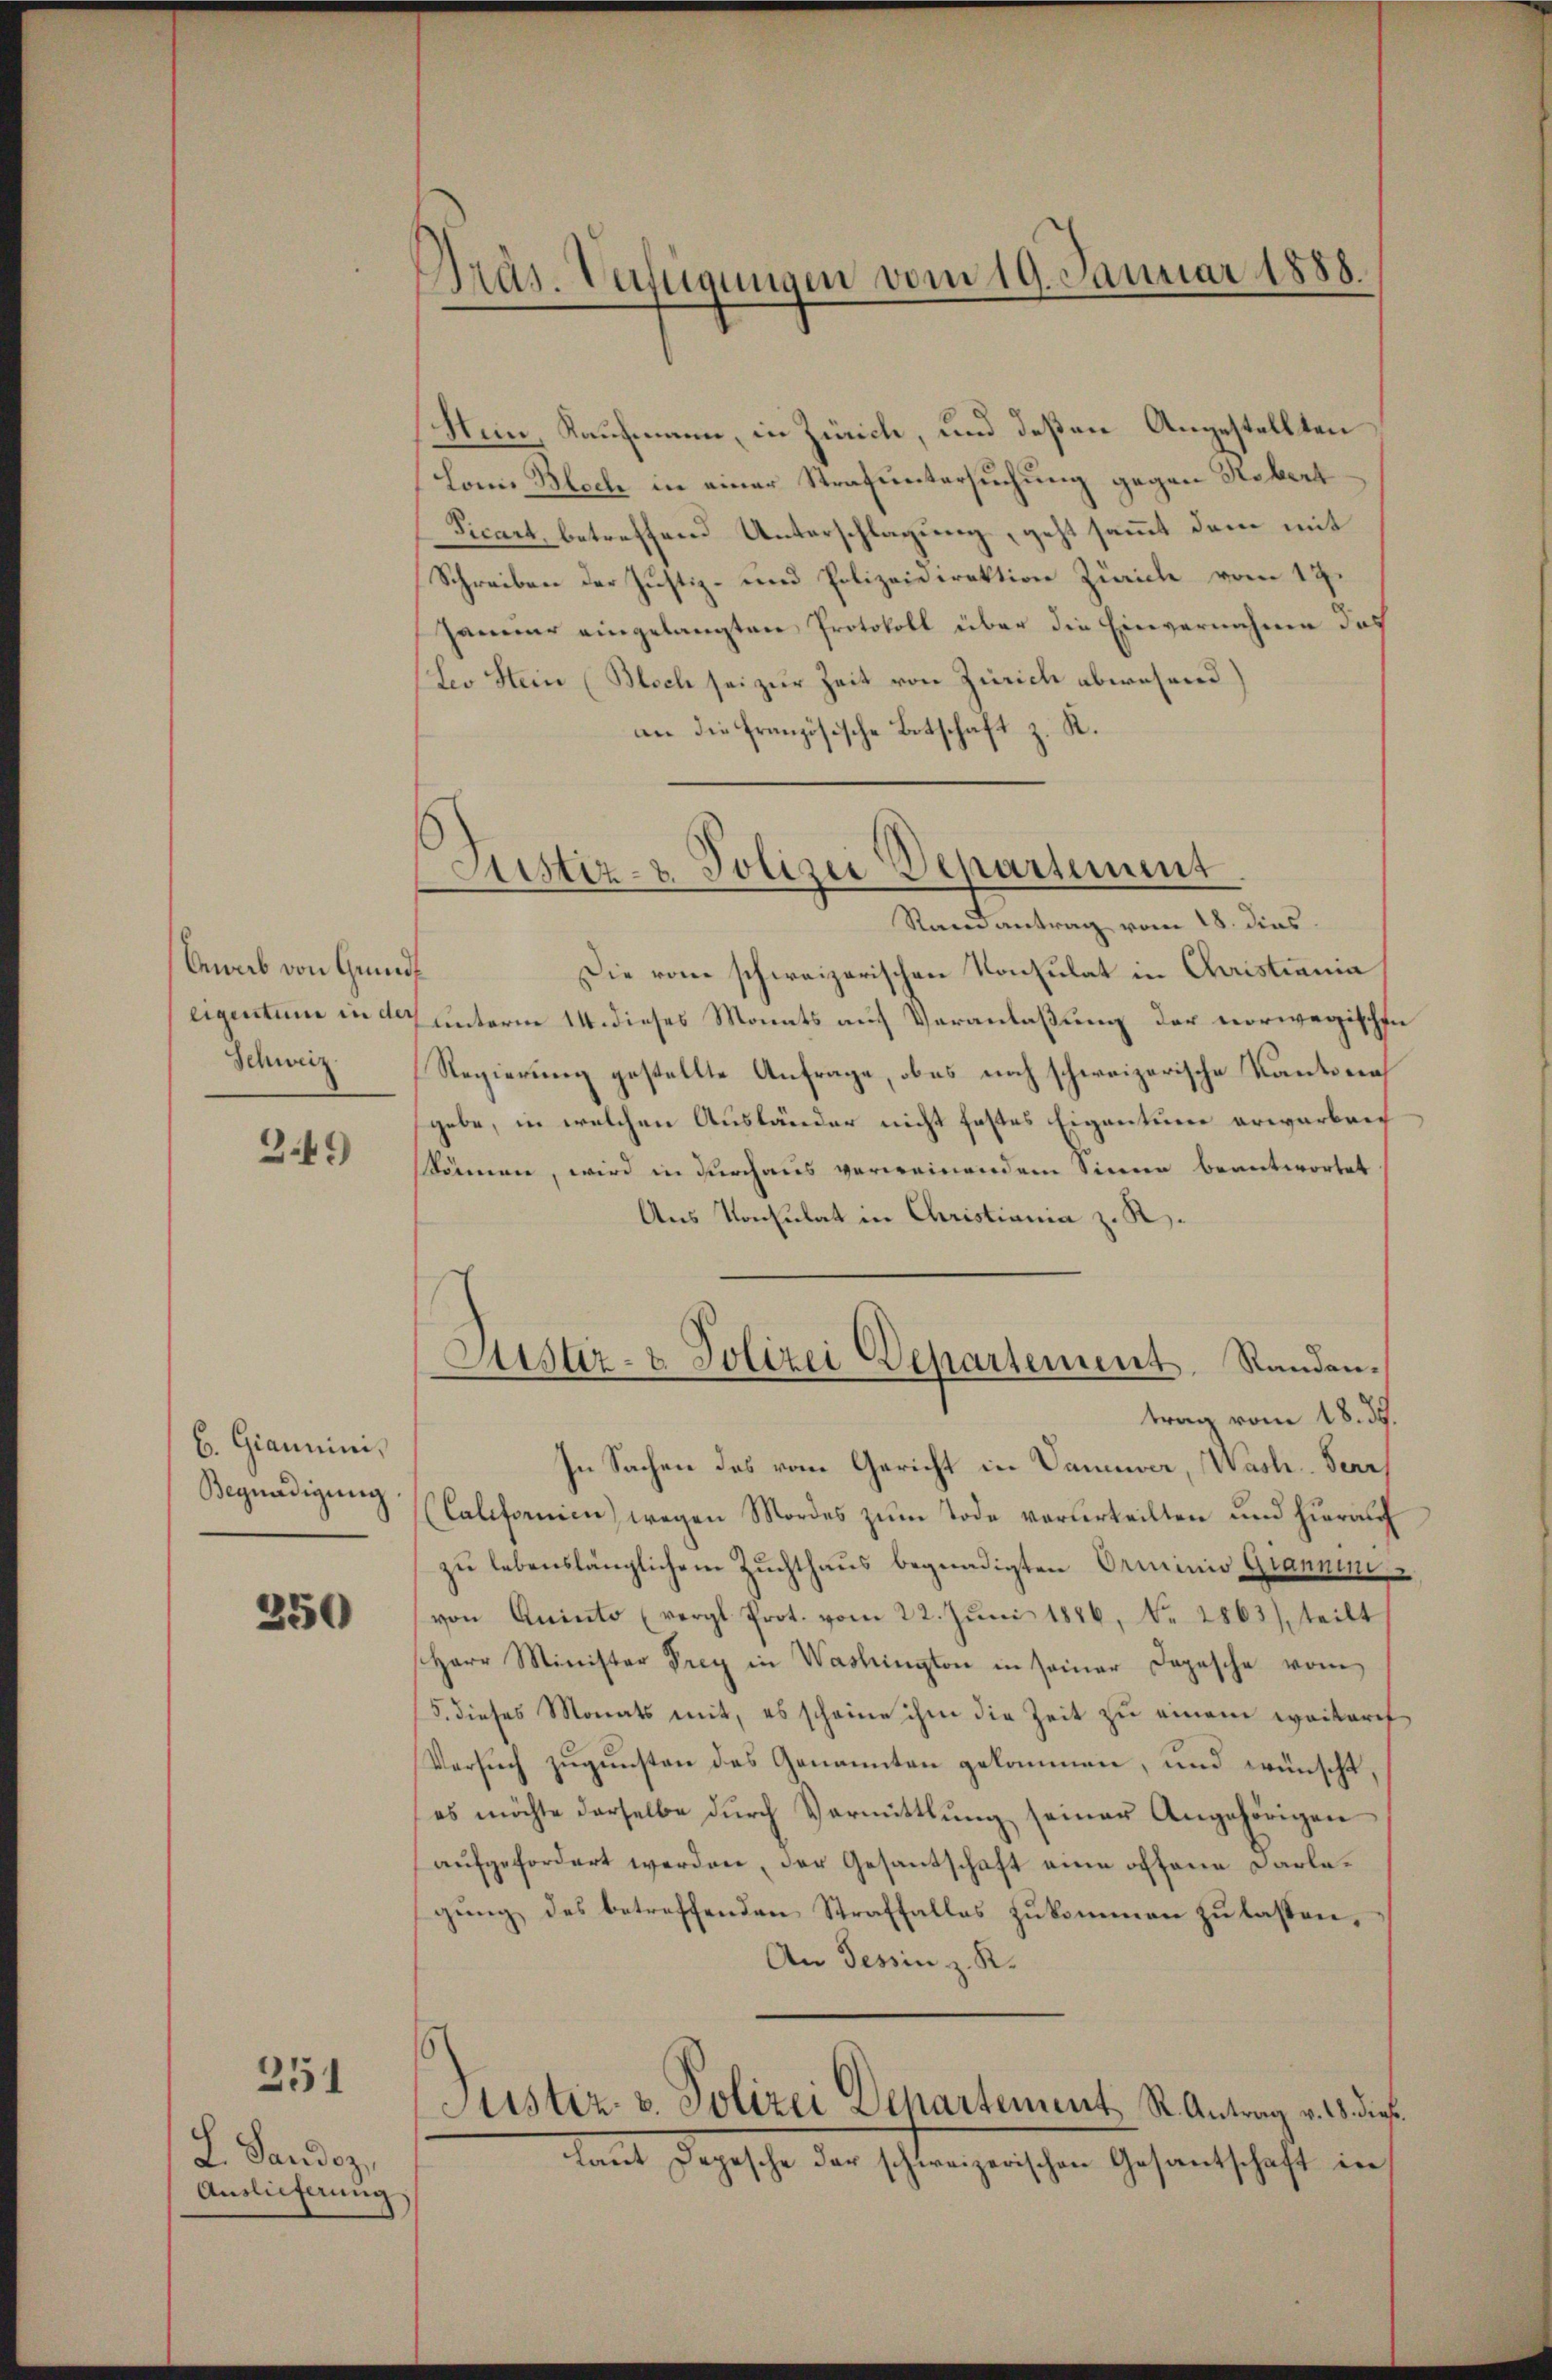
Anab von Grund
eigentum in der
Schweiz

349

b. Giannimi,
Begnadigung

350

251

L. Landoz,
Auslieferung

Präs. Verfügungen vom 19. Januar 1888.

Justiz- & Polizei Departement

Stein, Kaufmann, in Zürich, und deßen Angestellten
(Lonis Blech in einer Strafuntersuchung gegen Hebert
Picart, betreffend Unterschlagung, geht sammt dem mit
Schreiben der Justiz- und Polizeidirektion Zürich vom 17.
Jammer eingelangten Protokoll über die Einvernahme des
Leo Stein (Bloch sei zur Zeit von Zürich abwesend)
an die Französische Botschaft z. R.
Randantrag vom 18. dies
Die vom schweizerischen Konsulat in Christiania
unterm 14. dieses Monats auf Veranlaßung der vorwegische
Regierung gestellte Anfrage, ob es noch schweizerische Kantona
gebe, in welchen Ausländer nicht festes Eigentum erwarben
önnen, wird in durchaus verweinendem Sinne beantwortet
Aus Konsulat in Christiania z. R.
Justiz- & Polizei Departement Randen.
trag vom 18. 35.
In Sachen des vom Gericht in Vaniver, Wash. Ferr
Californien), wegen Mordes zum Tode verurteilten und hierauf
zu lebenslänglichem Zuchthaus begnadigten Orminio Grannen
von Quinto (vergl. Prot. vom 22. Jŭni 1886, No 2863), teilt
Herr Minister Frey in Washington in seiner Depesche vom
5. dieses Monats mit, es scheine ihm die Zeit zu einem weiteres
Versuch zugunsten des Genannten gekommen, und wünscht,
es möchte derselbe durch Vermittlung seiner Angehörigen
aufgefordert werden, der Gesantschaft eine offene Darlegung des betreffenden Straffalles zukommen zu lassen,
An Tessin z. R.
6
Justiz. v. Polizei Departement R. Antrag v. 18. dieß
laut Depesche der schweizerischen Gesantschaft in